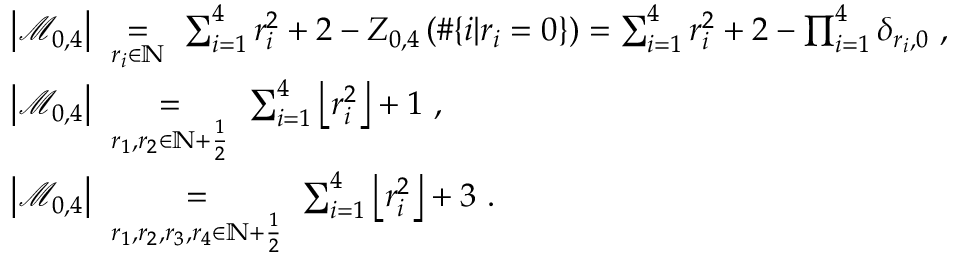
\begin{array} { r l } & { \left| \mathcal { M } _ { 0 , 4 } \right| \ \underset { r _ { i } \in \mathbb { N } } { = } \ \sum _ { i = 1 } ^ { 4 } r _ { i } ^ { 2 } + 2 - Z _ { 0 , 4 } \left( \# \{ i | r _ { i } = 0 \} \right) = \sum _ { i = 1 } ^ { 4 } r _ { i } ^ { 2 } + 2 - \prod _ { i = 1 } ^ { 4 } \delta _ { r _ { i } , 0 } \ , } \\ & { \left| \mathcal { M } _ { 0 , 4 } \right| \ \underset { r _ { 1 } , r _ { 2 } \in \mathbb { N } + \frac 1 2 } { = } \ \sum _ { i = 1 } ^ { 4 } \left\lfloor r _ { i } ^ { 2 } \right\rfloor + 1 \ , } \\ & { \left| \mathcal { M } _ { 0 , 4 } \right| \ \underset { r _ { 1 } , r _ { 2 } , r _ { 3 } , r _ { 4 } \in \mathbb { N } + \frac 1 2 } { = } \ \sum _ { i = 1 } ^ { 4 } \left\lfloor r _ { i } ^ { 2 } \right\rfloor + 3 \ . } \end{array}